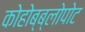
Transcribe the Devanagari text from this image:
कोहोब्ब्लोपोट